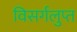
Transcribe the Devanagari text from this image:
विसर्गलुप्त